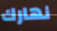
نهارك